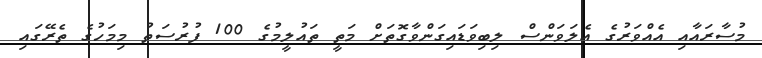
މުސާރައާއި އެއްވަރުގެ އެލަވަންސް ލިބިވަޑައިގަންވާގޮތަށް މަތީ ތައުލީމުގެ 100 ފުރުސަތު މިމަހުގެ ތެރޭގައި